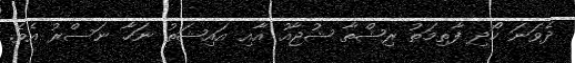
ދެވަނަ ހޯދި ފާތިމަތު ރިޝްތާ ޝުޖާއު އާއި އައިޝަތު ނަހާ ނަސްރު އެވެ.